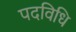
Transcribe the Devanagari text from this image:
पदविधि